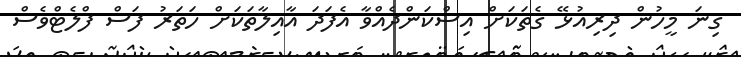
ގިނަ މީހުން ދިރިއުޅޭ ގެތަކަށް އިސްކަންދެއްވާ އެފަދަ އާއިލާތަކަށް ހަތަރު ފަސް ފްލެޓްވެސް